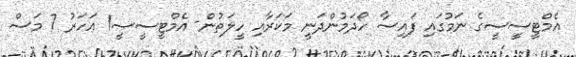
އެމްޓީސީސީގެ ނަމުގައި ފައިސާ ހޯދަމުންދަނީ މަކަރާއި ހީލަތުން- އެމްޓީސީސީ1 އަހަރު 7 މަސް